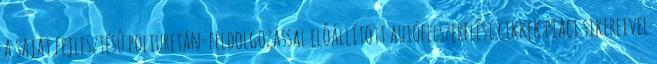
a saját fejlesztésû poliuretán-feldolgozással elôállított autófelszerelési cikkek piaci sikereivel